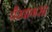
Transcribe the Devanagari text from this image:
वैखानस।